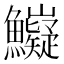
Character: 𲍄